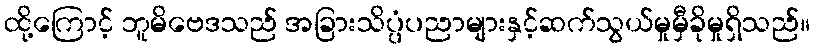
ထို့ကြောင့် ဘူမိဗေဒသည် အခြားသိပ္ပံပညာများနှင့်ဆက်သွယ်မှုမှီခိုမှုရှိသည်။